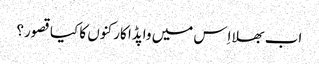
اب بھلا اِس میں واپڈا کارکنوں کا کیا قصور؟